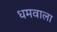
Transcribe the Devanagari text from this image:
धमवाला